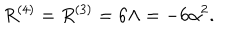
R ^ { ( 4 ) } = R ^ { ( 3 ) } = 6 \Lambda = - 6 \alpha ^ { 2 } .